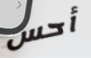
أحس